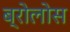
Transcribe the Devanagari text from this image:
ब्रोलोस